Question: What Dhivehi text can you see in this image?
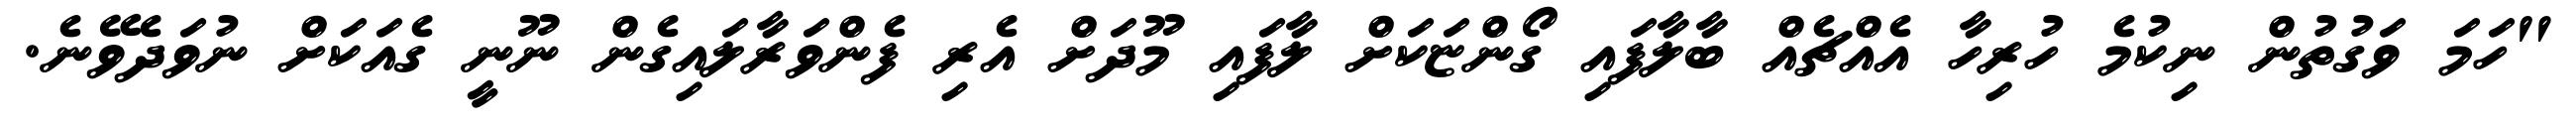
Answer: "ހަމަ ވަގުތުން ނިކުމެ ހުރިހާ އެއްޗެއް ބާލާފައި ގޯންޏަކަށް ލާފައި މޫދަށް އެރި ފެންވަރާލައިގެން ނޫނީ ގެއަކަށް ނުވަދެވޭނެ.